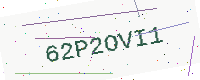
Text: 62P2OVI1